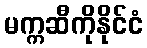
မက္ကဆီကိုနိုင်ငံ